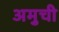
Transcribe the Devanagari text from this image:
अमुची